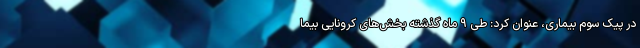
در پیک سوم بیماری، عنوان کرد: طی ۹ ماه گذشته بخش‌های کرونایی بیما